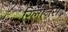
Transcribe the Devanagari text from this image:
रिलीजंस